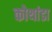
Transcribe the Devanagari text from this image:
कोथांडा